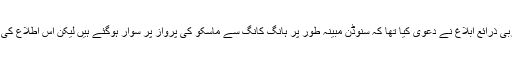
اس سے قبل اتوار کو مغربی ذرائع ابلاغ نے دعویٰ کیا تھا کہ سنوڈن مبینہ طور پر ہانگ کانگ سے ماسکو کی پرواز پر سوار ہوگئے ہیں لیکن اس اطلاع کی تصدیق نہیں ہوسکی تھی۔